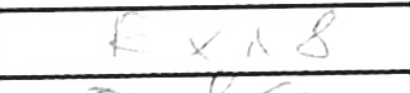
Transcription: Rxd8